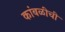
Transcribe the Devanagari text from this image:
कांबळीची